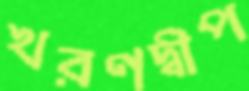
খরণদ্বীপ